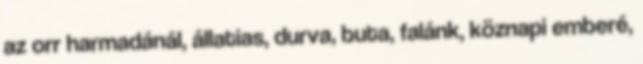
az orr harmadánál, állatias, durva, buta, falánk, köznapi emberé,